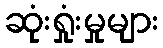
ဆုံးရှုံးမှုများ